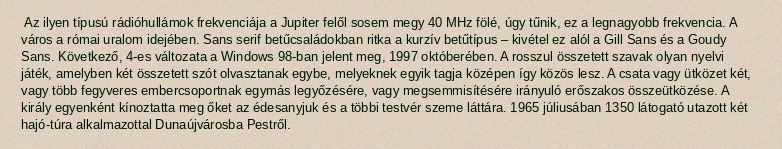
Az ilyen típusú rádióhullámok frekvenciája a Jupiter felől sosem megy 40 MHz fölé, úgy tűnik, ez a legnagyobb frekvencia. A város a római uralom idejében. Sans serif betűcsaládokban ritka a kurzív betűtípus – kivétel ez alól a Gill Sans és a Goudy Sans. Következő, 4-es változata a Windows 98-ban jelent meg, 1997 októberében. A rosszul összetett szavak olyan nyelvi játék, amelyben két összetett szót olvasztanak egybe, melyeknek egyik tagja középen így közös lesz. A csata vagy ütközet két, vagy több fegyveres embercsoportnak egymás legyőzésére, vagy megsemmisítésére irányuló erőszakos összeütközése. A király egyenként kínoztatta meg őket az édesanyjuk és a többi testvér szeme láttára. 1965 júliusában 1350 látogató utazott két hajó-túra alkalmazottal Dunaújvárosba Pestről.